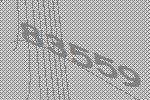
83559